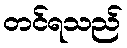
တင်ရသည်